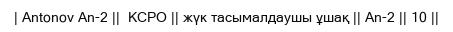
| Antonov An-2 ||  КСРО || жүк тасымалдаушы ұшақ || An-2 || 10 ||